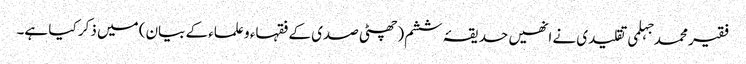
فقیر محمد جہلمی تقلیدی نے انھیں حدیقۂ ششم (چھٹی صدی کے فقہاء و علماء کے بیان) میں ذکر کیا ہے۔